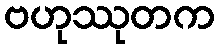
ဗဟုဿုတက